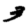
Digit: 3